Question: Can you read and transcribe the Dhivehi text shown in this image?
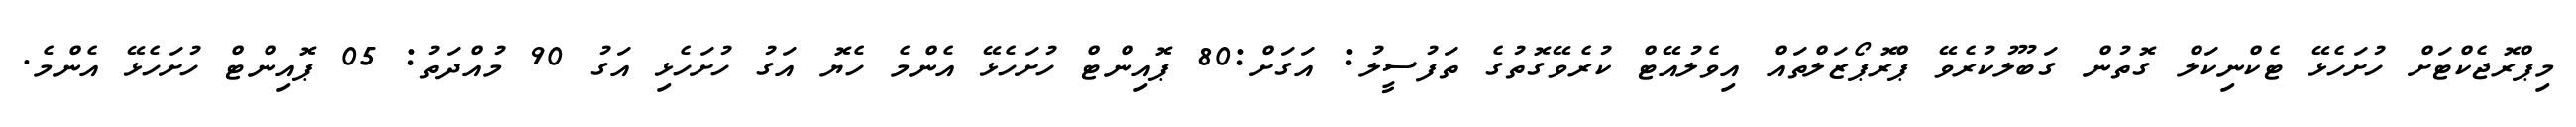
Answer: މިޕްރޮޖެކްޓަށް ހުށަހެޅޭ ޓެކްނިކަލް ގޮތުން ގަބޫލުކުރެވޭ ޕްރޮޕޯޒަލްތައް އިވެލުއޭޓް ކުރެވޭގޮތުގެ ތަފުސީލު: އަގަށް:80 ޕޮއިންޓް ހުށަހެޅޭ އެންމެ ހެޔޮ އަގު ހުށަހެޅި އަގު 90 މުއްދަތު: 05 ޕޮއިންޓް ހުށަހެޅޭ އެންމެ.